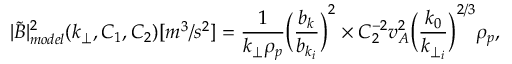
| \tilde { B } | _ { m o d e l } ^ { 2 } ( k _ { \perp } , C _ { 1 } , C _ { 2 } ) [ m ^ { 3 } / s ^ { 2 } ] = \frac { 1 } { k _ { \perp } \rho _ { p } } \bigg ( \frac { b _ { k } } { b _ { k _ { i } } } \bigg ) ^ { 2 } \times C _ { 2 } ^ { - 2 } v _ { A } ^ { 2 } \bigg ( \frac { k _ { 0 } } { k _ { \perp _ { i } } } \bigg ) ^ { 2 / 3 } \rho _ { p } ,